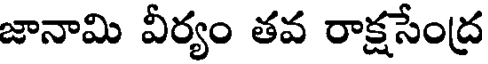
జానామి వీర్యం తవ రాక్షసేంద్ర